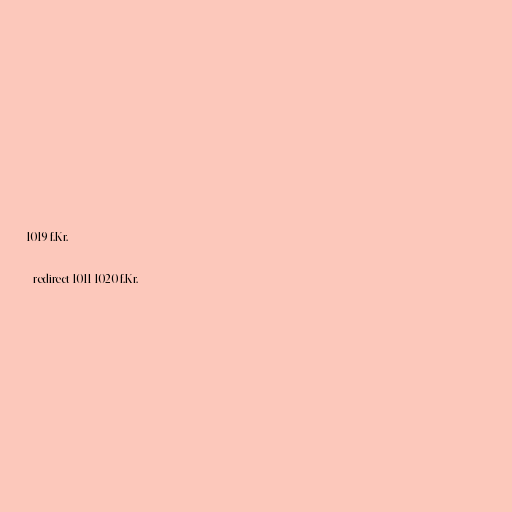
1019 f.Kr.

#redirect 1011-1020 f.Kr.